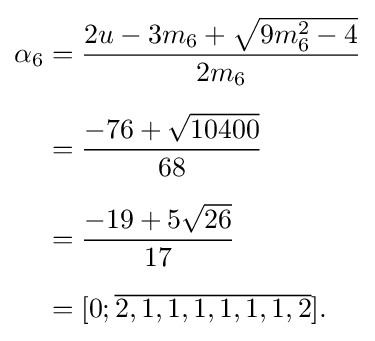
{\begin{aligned}\alpha _{6}&={\frac {2u-3m_{6}+{\sqrt {9m_{6}^{2}-4}}}{2m_{6}}}\\[6pt]&={\frac {-76+{\sqrt {10400}}}{68}}\\[6pt]&={\frac {-19+5{\sqrt {26}}}{17}}\\[6pt]&=[0;{\overline {2,1,1,1,1,1,1,2}}].\end{aligned}}